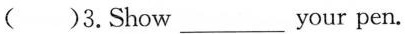
( )3.Show___your pen.